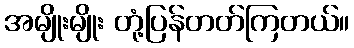
အမျိုးမျိုး တုံ့ပြန်တတ်ကြတယ်။